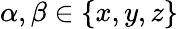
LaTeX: \alpha,\beta\in\{ x,y,z\}